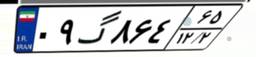
۷۱گ۰۰۹۴۶